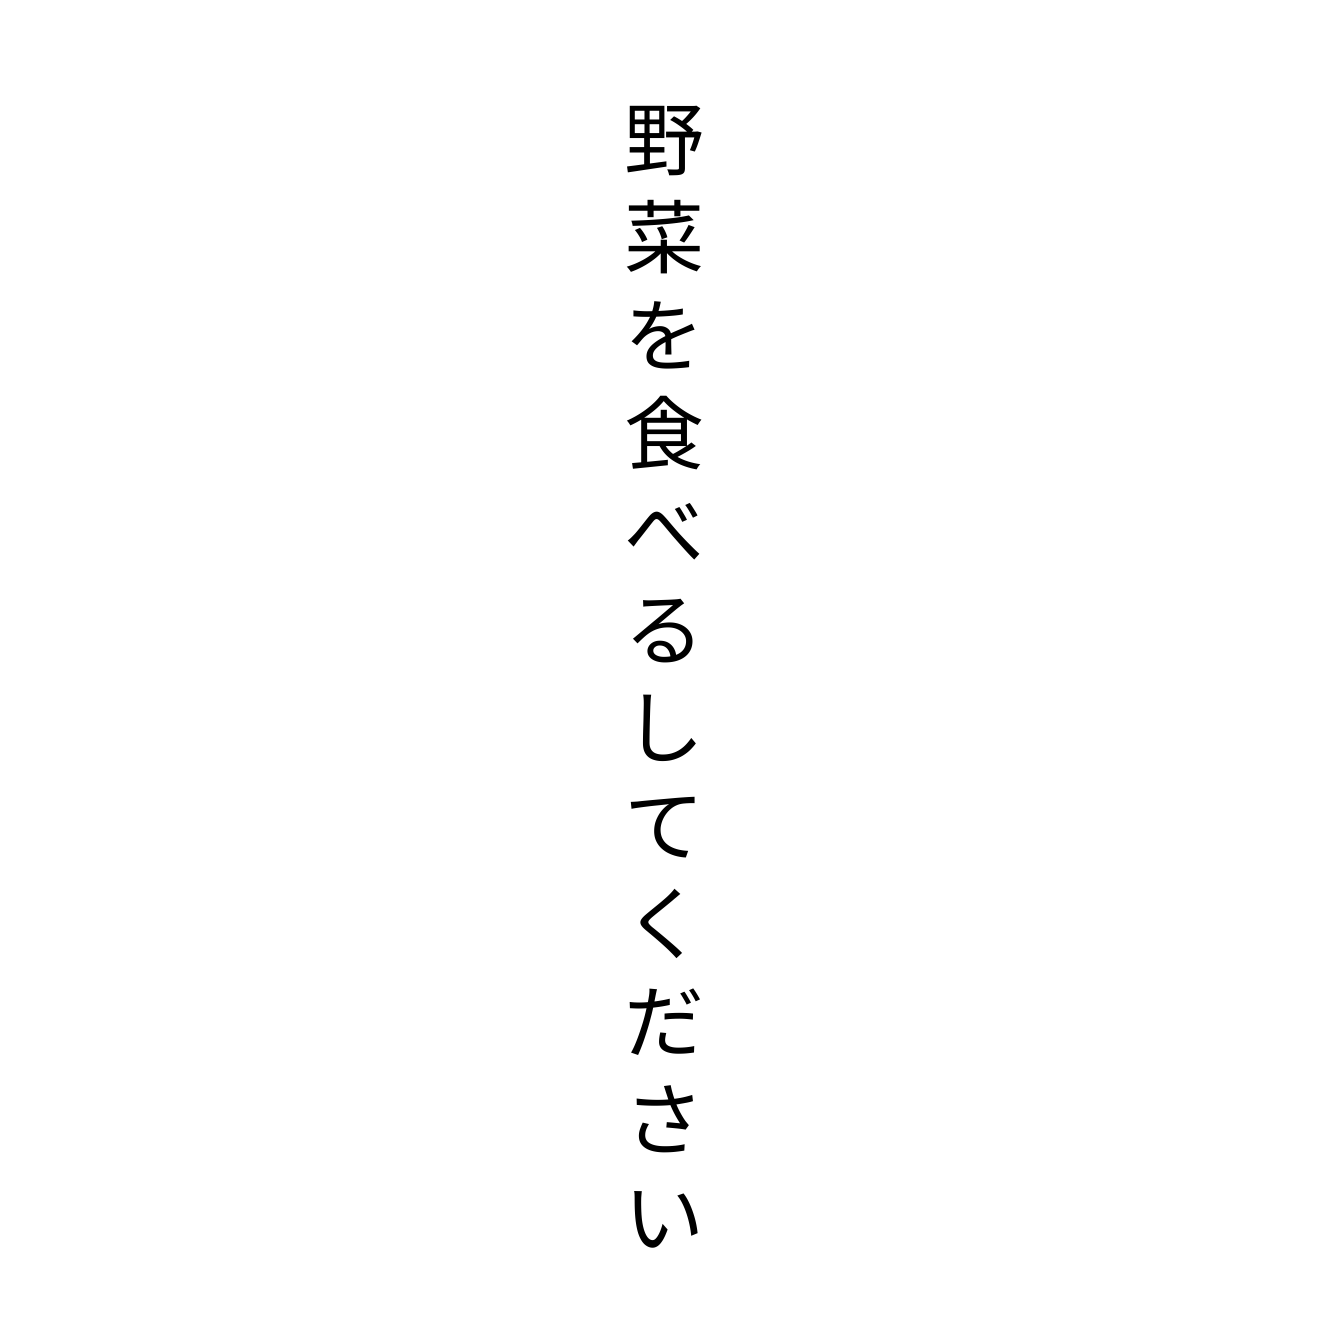
野菜を食べるしてください